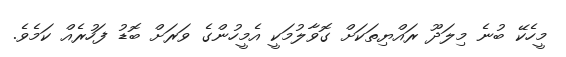
މީހެކޭ ބުނެ މިލަދޫ ރައްޔިތަކަށް ގޮވާލުމަކީ އެމީހުންގެ ވަރަށް ބޮޑު ފަހުރެއް ކަމެވެ.